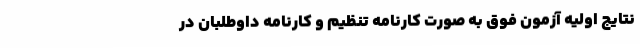
نتایج اولیه آزمون فوق به صورت کارنامه تنظیم و کارنامه داوطلبان در